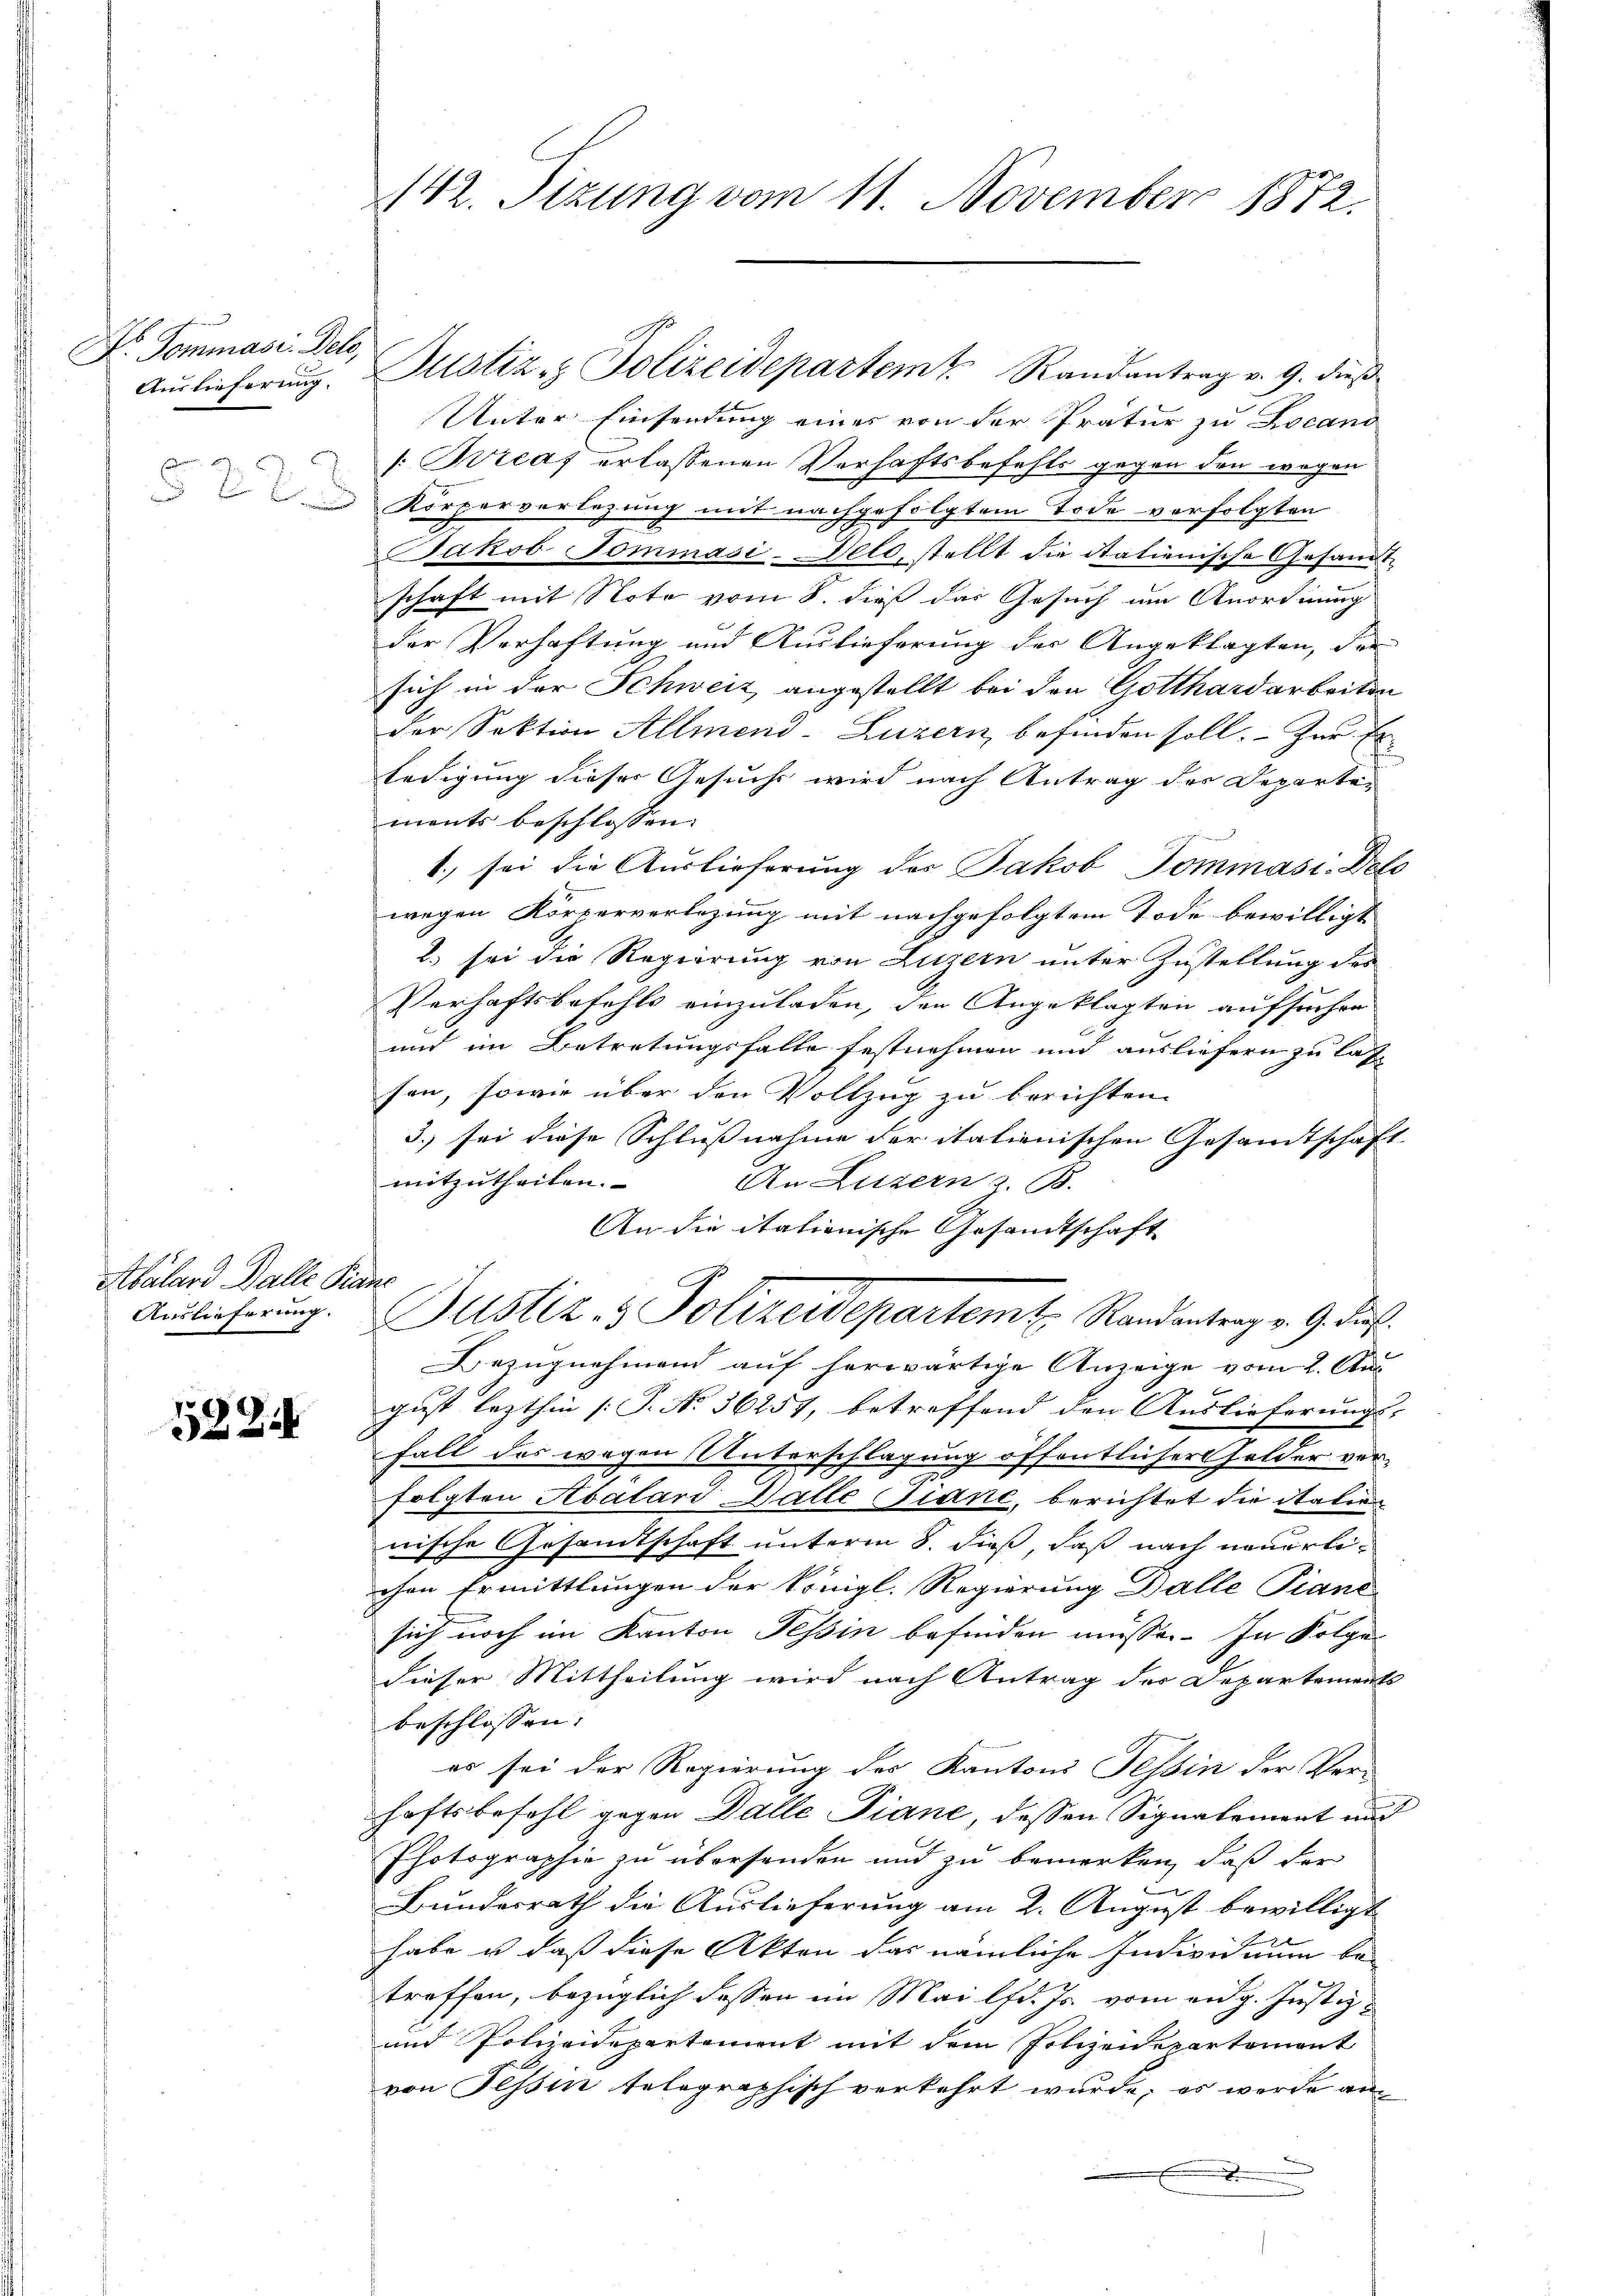
Dr. Sommase. Dele,
Auslieferung.
5223

Abalard Balle Pians
Auslieferung.

522

Justiz- & Polizeidepartem Randantrag v. 9. dieß
Unter Einsendung eines von der Pratur zu Locand
[Wieaf erlassenen Verhaftsbefehls gegen den wegen
Körperverlegung mit nachgefolgtem Tode vorfolgten
Jakob Tommasi-Delo, stellt die italienische Gesamt-
haft mit Note vom 8. dieß das Gesuch um Anordnung
s
der Verhaftung und Auslieferung der Angeklagten, der
sich in der Schweiz, angestellt bei den Gotthardarbeiten
der Sektion Allmend-Luzern, befinden soll. - Zur Erledigung dieser Gesuchs wird nach Antrag der Departements beschlossen. |
1. sei die Auslieferung des Jakob Dommasi-Dolo
wegen Körperverlegung mit nachgefolgtem Tode bewilligt
2.) sei die Regierung von Luzern unter Zustellung des
Verhaftsbefehls einzuladen, den Angeklagten aufsuchen
und im Betretungsfalle festnehmen und ausliefern zu las
son, sowie über den Vollzug zu berichten.
3. sei diese Schlußnahme der italienischen Gesandtschaft
mitzutheilen.
An Luzern z. B.
An die itationische Gesandtschaft
Justiz- & Polizeidepartemt. Randantrag v. 9. dies
Bezugnehmend auf herwärtige Anzeige vom 2. Aug
gust lezthin (T. No. 36257, betreffend den Auslieferungs- |
Fall des wegen Unterschlagung öffentlicher Golder verfolgten Abálard Balle Sinne, berichtet die italien
nische Gesandtschaft unterm 8. dieß, daß nach neuerlichen Ermittlungen der königl. Regierung Balle Piane
sich noch im Kanton Tessin befinden müsse. In Folge
dieser Mittheilung wird nach Antrag der Departements
beschlossen:
es sei der Regierung des Kantons Tessin der Ver-
haftsbefehl gegen Dalle Piane dessen Signalement und
Photographie zu übersenden und zu bemerken, daß der
Bundesrath die Auslieferung am 2. August bewilligt
habe u. daß diese Akten das nämliche Individuum be-
troffen, bezüglich dassen im Mai lfd. Js. vom eidg. Justiz
und Polizeidepartement mit dem Polizeidepartemont
von Tessin telegraphisch verkehrt wurde; es werde an
.

142. Sizung vom 11. November 1872.